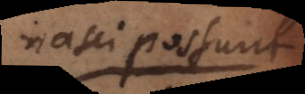
nasci possunt